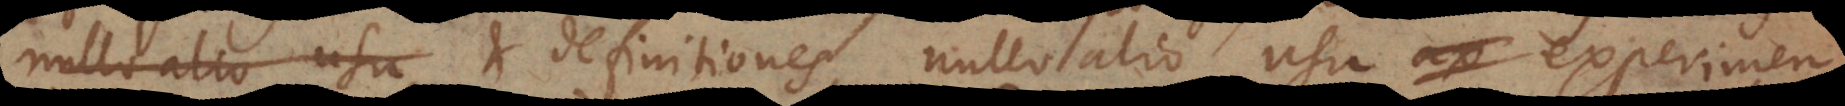
nullo alio usu et definitiones, nullo alio usu experimen